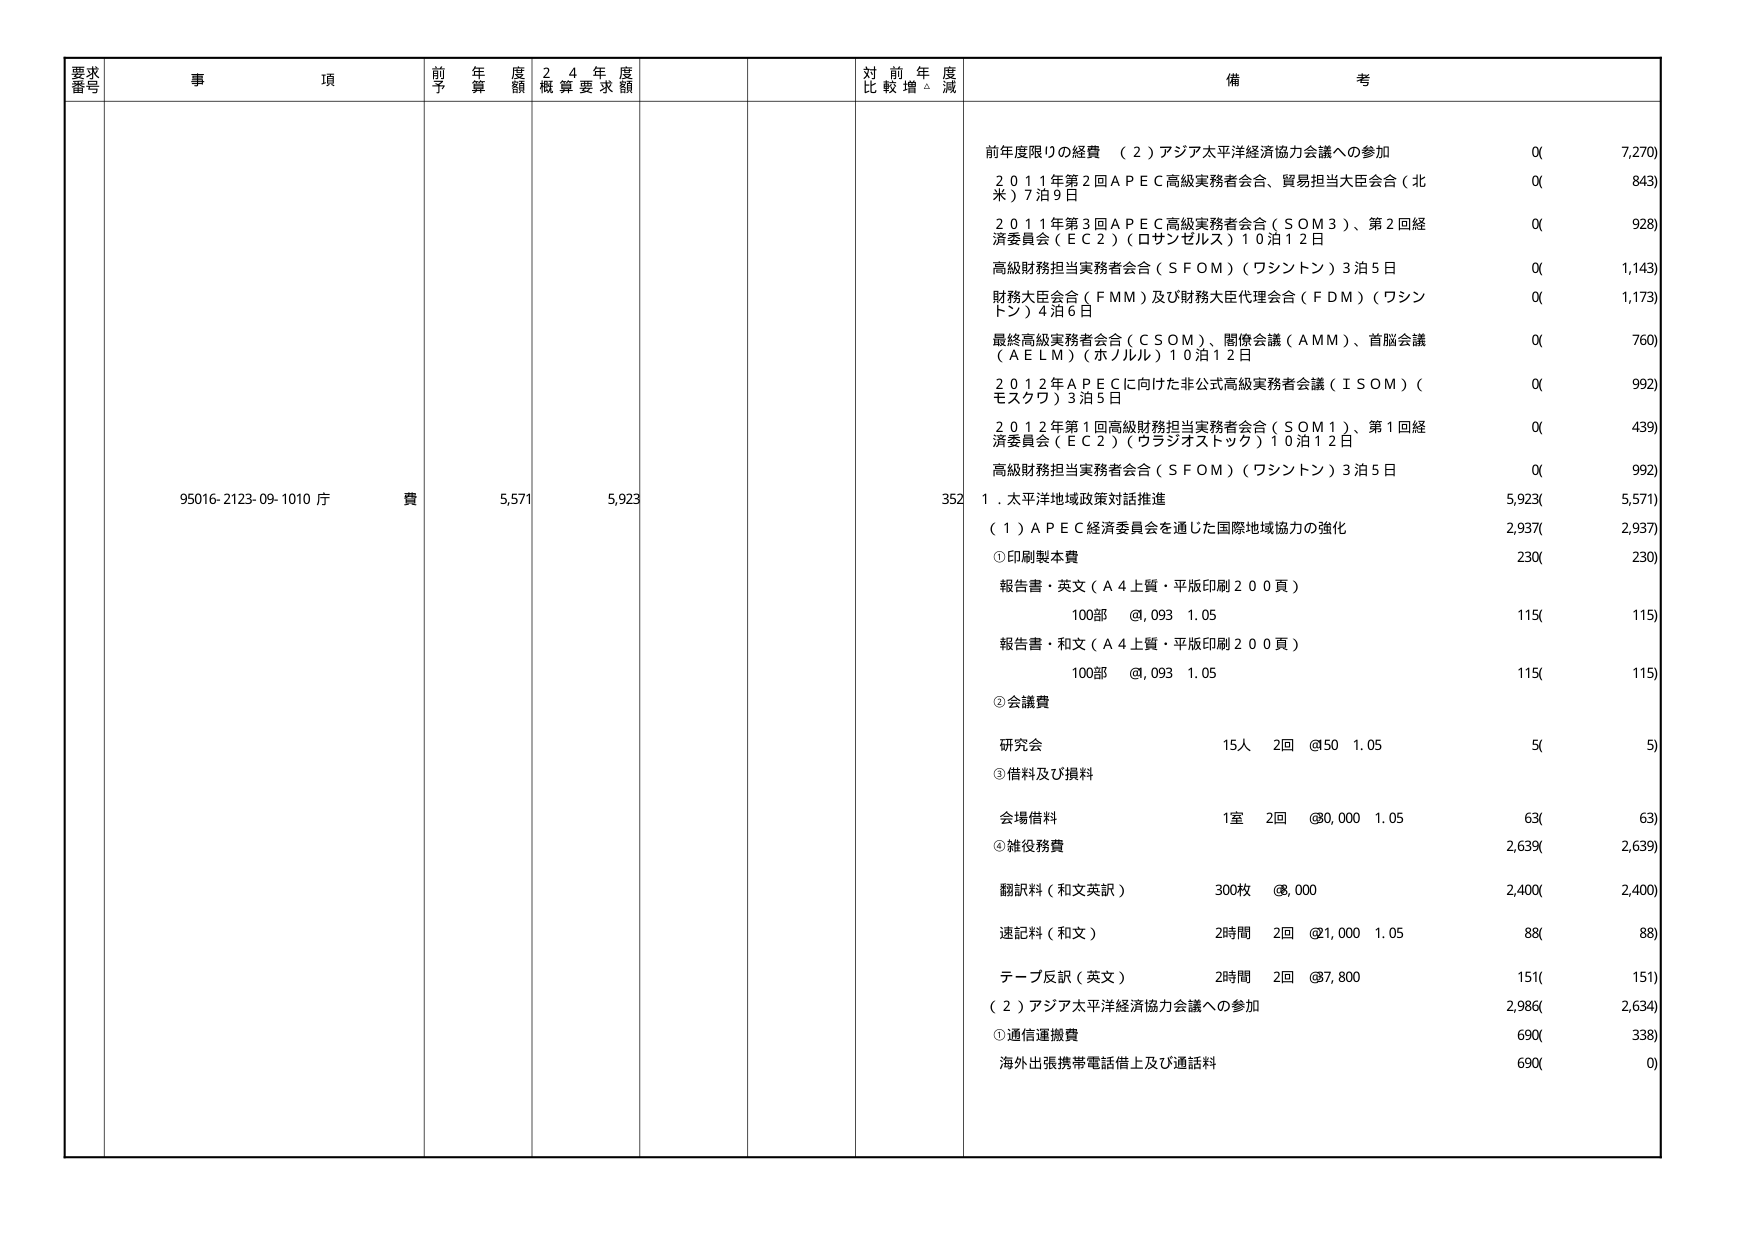
要求番号
事項
前年度予算額
24年度概算要求額
対前年度比較増減
備考
95016-2123-09-1010 斤費
5,571
5,923
352
前年度限りの経費 （2）アジア太平洋経済協力会議への参加
0( 7,270)
2011年第2回ＡＰＥＣ高級実務者会合、貿易担当大臣会合（北米）7泊9日
0( 843)
2011年第3回ＡＰＥＣ高級実務者会合（ＳＯＭ3）、第2回経済委員会（ＥＣ2）（ロサンゼルス）10泊12日
0( 928)
高級財務担当実務者会合（ＳＦＯＭ）（ワシントン）3泊5日
0( 1,143)
財務大臣会合（ＦＭＭ）及び財務大臣代理会合（ＦＤＭ）（ワシントン）4泊6日
0( 1,173)
最終高級実務者会合（ＣＳＯＭ）、閣僚会議（ＡＭＭ）、首脳会議（ＡＥＬＭ）（ホノルル）10泊12日
0( 760)
2012年ＡＰＥＣに向けた非公式高級実務者会議（ＩＳＯＭ）（モスクワ）3泊5日
0( 992)
2012年第1回高級財務担当実務者会合（ＳＯＭ1）、第1回経済委員会（ＥＣ2）（ウラジオストック）10泊12日
0( 439)
高級財務担当実務者会合（ＳＦＯＭ）（ワシントン）3泊5日
0( 992)
1．太平洋地域政策対話推進
5,923( 5,571)
（1）ＡＰＥＣ経済委員会を通じた国際地域協力の強化
2,937( 2,937)
①印刷製本費
230( 230)
報告書・英文（Ａ4上質・平版印刷200頁）
100部 @,093 1.05
115( 115)
報告書・和文（Ａ4上質・平版印刷200頁）
100部 @,093 1.05
115( 115)
②会議費
研究会
15人 2回 @50 1.05
5( 5)
③借料及び損料
会場借料
1室 2回 @8,000 1.05
63( 63)
④雑役務費
2,639( 2,639)
翻訳料（和文英文）
300枚 @,000
2,400( 2,400)
速記料（和文）
2時間 2回 @1,000 1.05
88( 88)
テープ反訳（英文）
2時間 2回 @7,800
151( 151)
（2）アジア太平洋経済協力会議への参加
2,986( 2,634)
①通信運搬費
690( 338)
海外出張携帯電話借上及び通話料
690( 0)